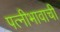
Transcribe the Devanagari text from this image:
पत्नीभावाची